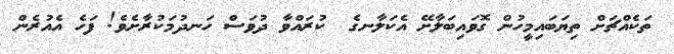
ތަކެއްޗަށް ތިޔަބައިމީހުން ގޮވައިބަލާށޭ އެކަލާނގެ  ކުރައްވާ ދުވަސް ހަނދުމަކުރާށެވެ! ފަހެ އެއުރެން